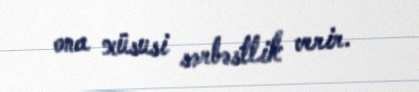
ona xüsusi sərbəstlik verir.